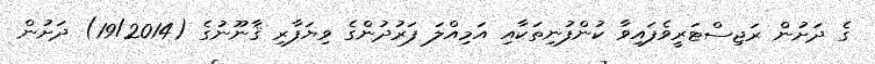
ގެ ދަށުން ރަޖިސްޓަރީވެފައިވާ ކުންފުނިތަކާއި އަމިއްލަ ފަރުދުންގެ ވިޔަފާރި ޤާނޫނުގެ (19/2014) ދަށުން